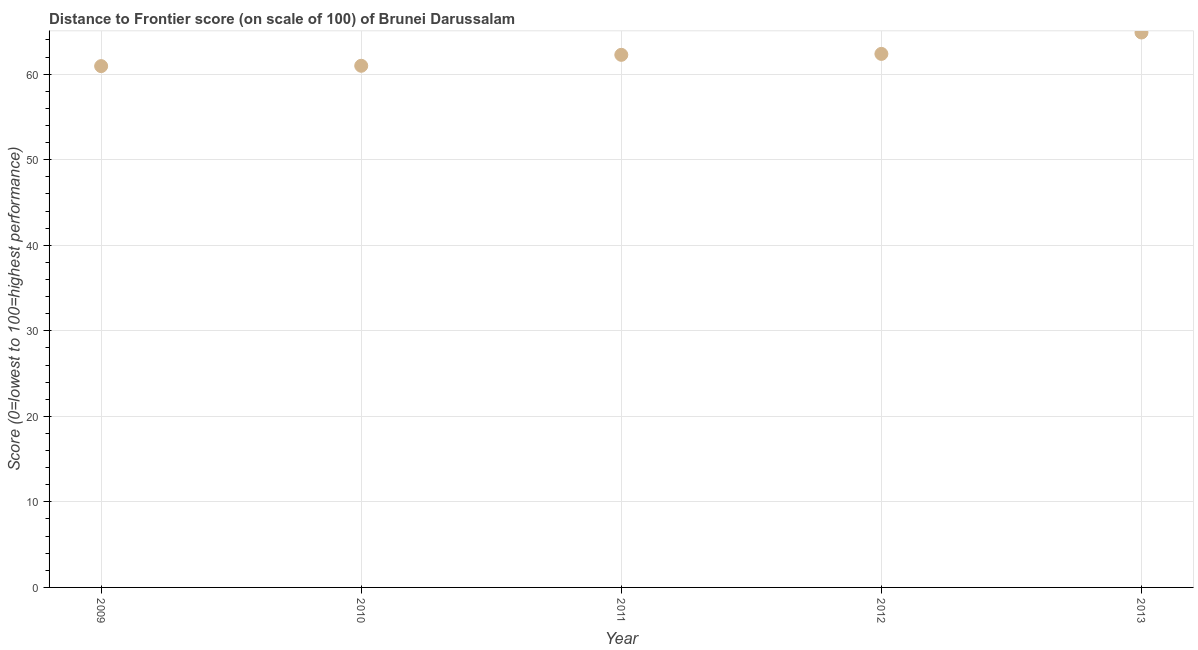
| Year | Distance to frontier score |
 | --- | --- |
 | 2009 | 60.9 |
 | 2010 | 61 |
 | 2011 | 62.3 |
 | 2012 | 62.4 |
 | 2013 | 64.9 |